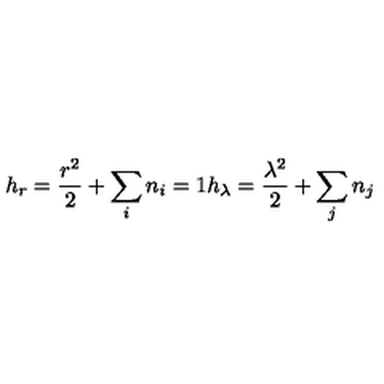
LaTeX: h _ { r } = \frac { r ^ { 2 } } { 2 } + \sum _ { i } n _ { i } = 1 h _ { \lambda } = \frac { \lambda ^ { 2 } } { 2 } + \sum _ { j } n _ { j }